Indian journal of veterinary science and animal husbandry - Volume 8,
Year: 1938
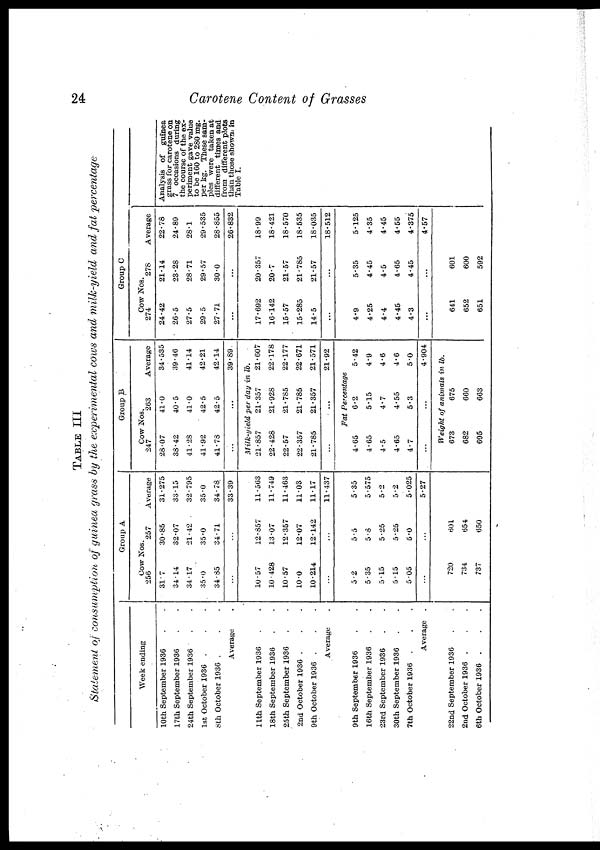
24
Carotene Content of Grasses
TABLE III
Statement of consumption of guinea grass by the experimental cows and milk-yield and fat percentage
Week ending
10th September 1936 . .
17th September 1936 . .
24th September 1936 . .
1st October 1936 . . .
8th October 1936 . . .
Average .
11th September 1936 . .
18th September 1936 . .
25th September 1936 . .
2nd October 1936 . .
9th October 1936 . . .
Average .
9th September 1936 . .
16th September 1936 . .
23rd September 1936 . .
30th September 1936 . .
7th October 1936 . . .
Average .
22nd September 1936 . .
2nd October 1936 . . .
6th October 1936 . . .
Group A
Cow Nos.
256
31.7
34.14
34.17
35.0
34.85
...
10.57
10.428
10.57
10.0
10.214
...
5.2
5.35
5.15
5.15
5.05
...
720
734
737
257
30.85
32.07
21.42
35.0
34.71
...
12.857
13.07
12.357
12.07
12.142
...
5.5
5.8
5.25
5.25
5.0
...
601
654
650
Average
31.275
33.15
32.795
35.0
34.78
33.39
11.563
11.749
11.463
1103
11.17
11.437
5.35
5.575
5.2
5.2
5.025
5.27
Group B
Cow Nos.
247
28.07
38.42
41.28
41.92
41.78
263
41.0
40.5
41.0
42.5
42.5
...
Average
34.535
39.46
41.14
42.21
42.14
39.89
Milk-yield per dayin lb.
21.857
22.428
22.57
22.357
21.785
...
21.357
21.428
21.785
21.785
21.357
...
21.607
22.178
22.177
22.671
21.571
21.92
Fat Percentage
4.65
4.65
4.5
4.65
4.7
...
6.2
5.15
4.7
4.55
5.3
...
5.42
4.9
4.6
4.6
5.0
4.904
Weight of animals in lb.
673
682
695
675
660
663
Group C
Cow Nos.
274
24.42
26.5
27.5
29.5
27.71
...
17.692
16.142
15.57
15.285
14.5
...
4.9
4.25
4.4
4.45
4.3
...
641
652
651
278
21.14
23.28
28.71
29.57
30.0
...
20.357
20.7
21.57
21.785
21.57
...
5.35
4.45
4.5
4.65
4.45
601
600
592
Average
22.78
24.89
28.1
29.535
28.855
26.832
18.99
18.421
18.570
18.535
18.035
18.512
5.125
4.35
4.45
4.55
4.375
4.57
Analysis of guinea
grass for carotene on
7 occasions during
the course of the ex-
periment gave value
to be 160 to 280 mg.
per kg. These sam-
ples were taken at
different times and
than those shown. in
Table I.